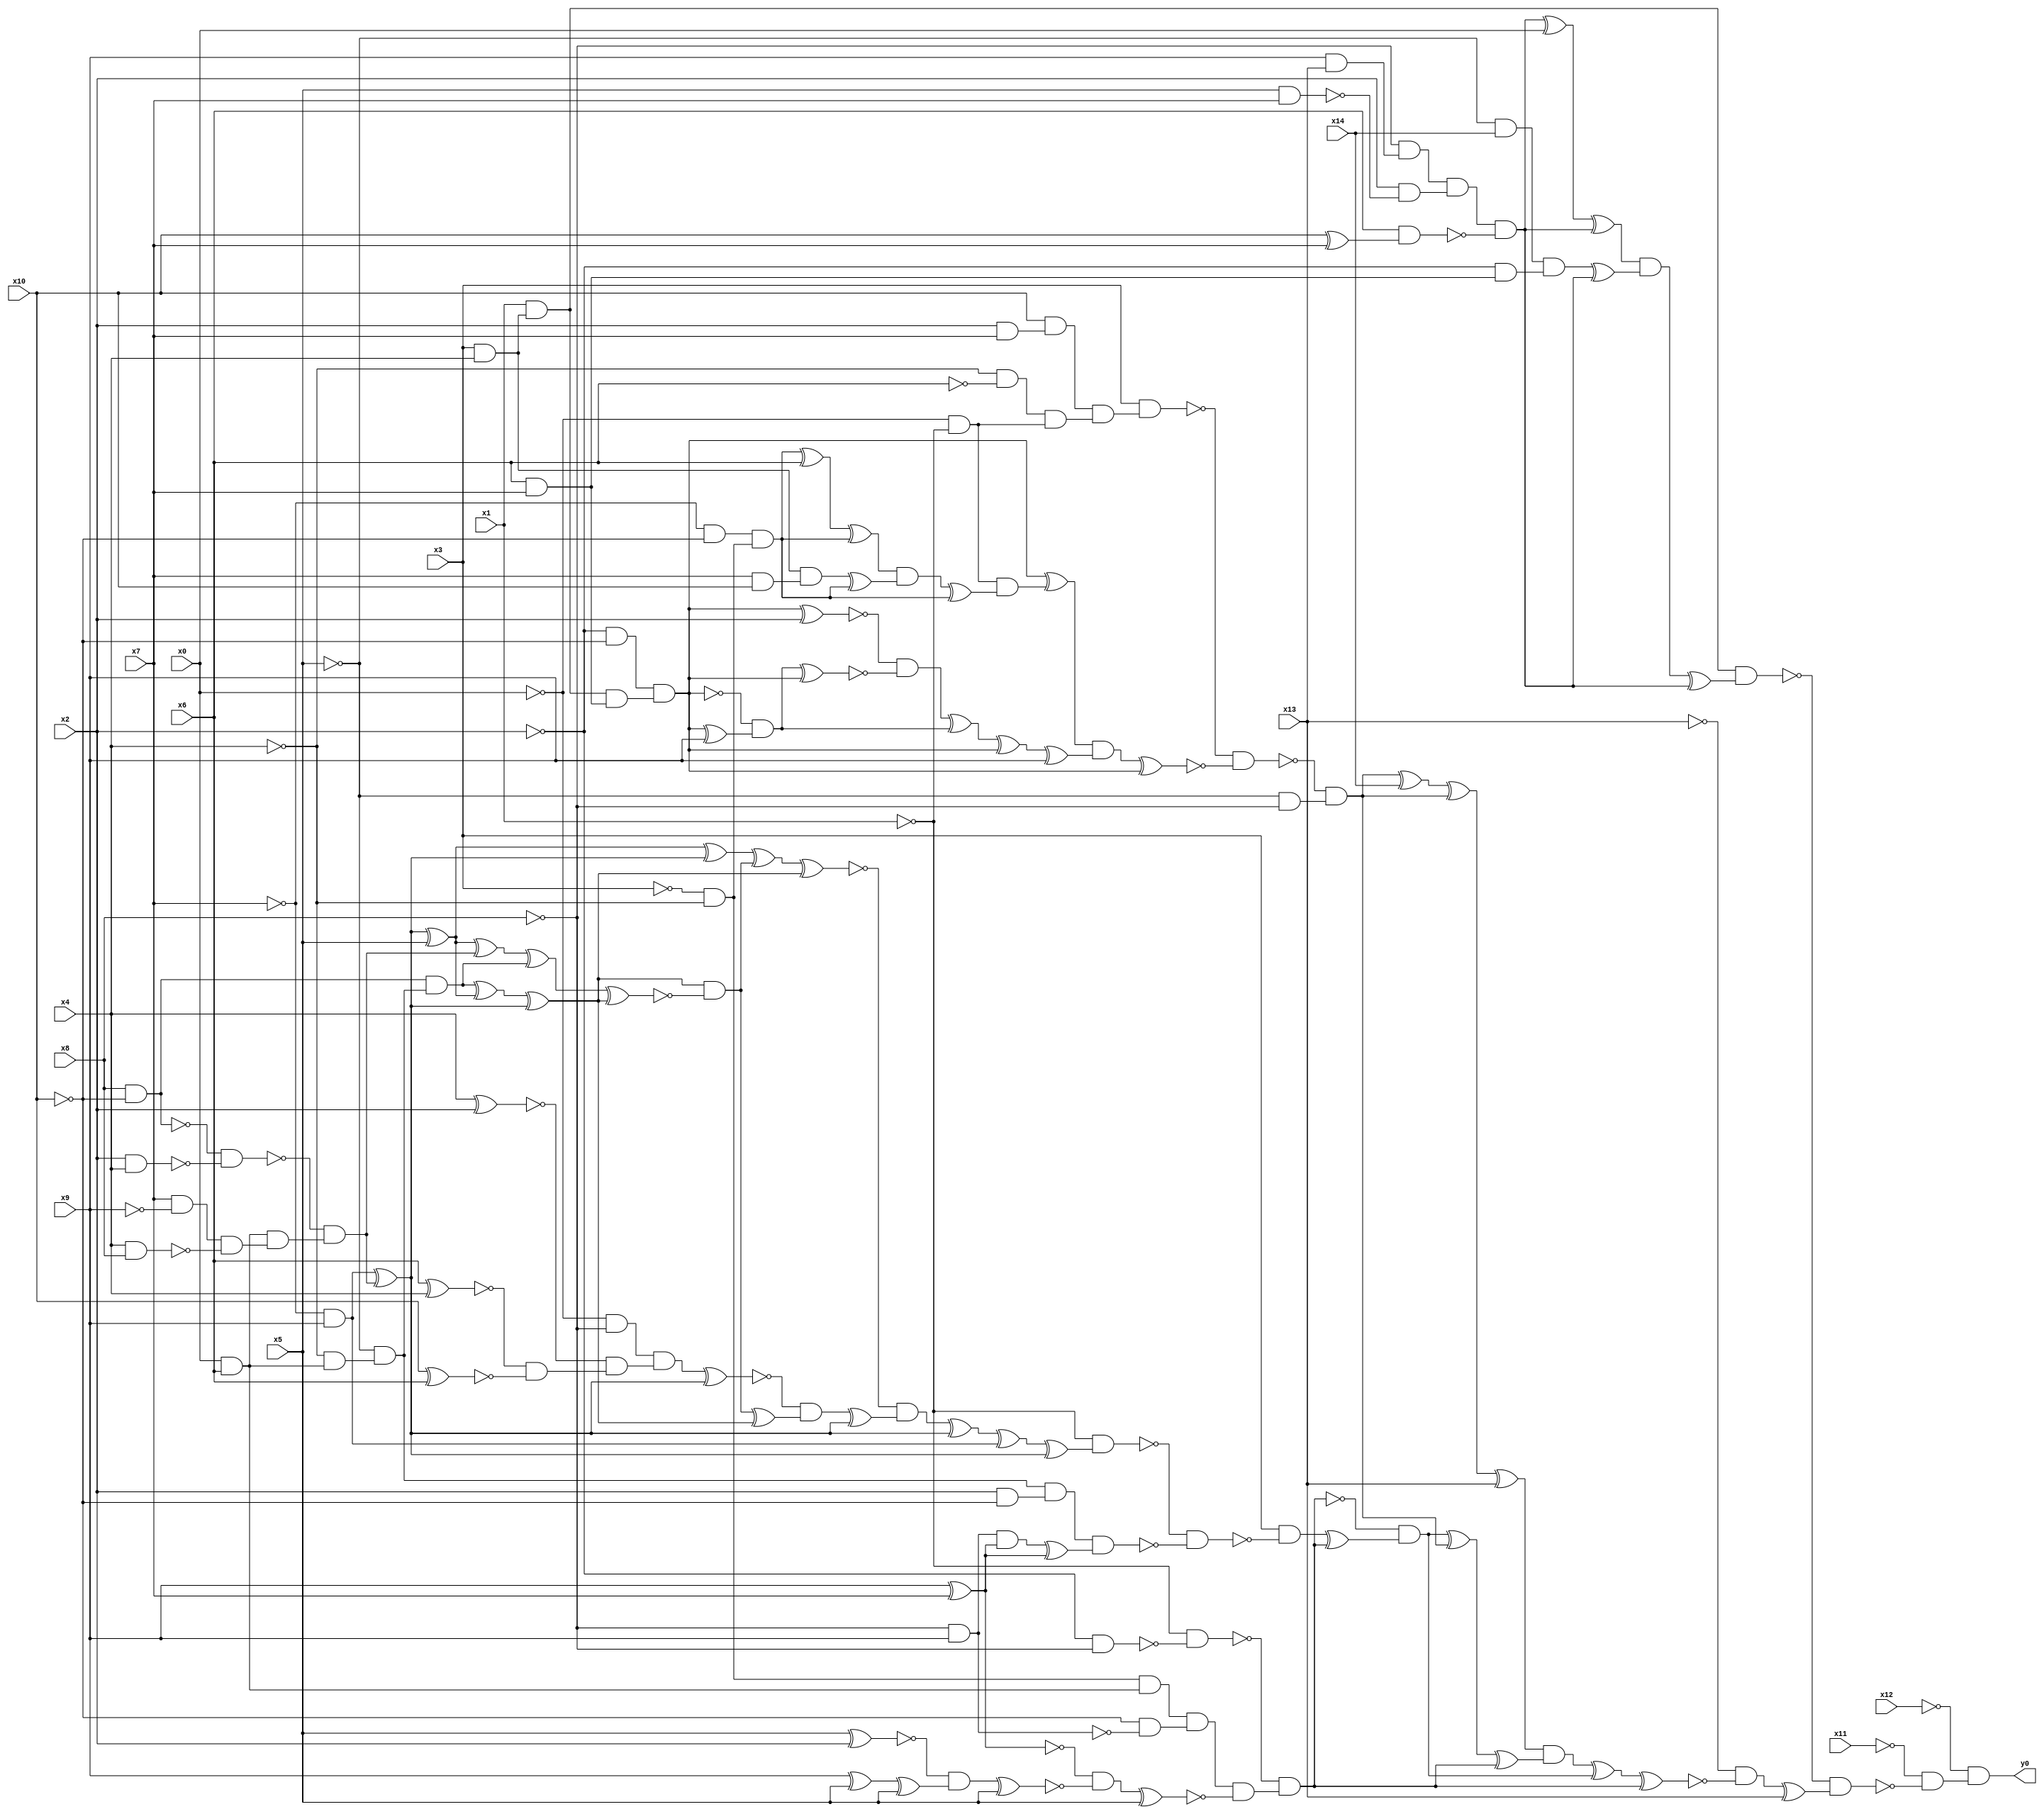
module top( x0 , x1 , x2 , x3 , x4 , x5 , x6 , x7 , x8 , x9 , x10 , x11 , x12 , x13 , x14 , y0 );
  input x0 , x1 , x2 , x3 , x4 , x5 , x6 , x7 , x8 , x9 , x10 , x11 , x12 , x13 , x14 ;
  output y0 ;
  wire n16 , n17 , n18 , n19 , n20 , n21 , n22 , n23 , n24 , n25 , n26 , n27 , n28 , n29 , n30 , n31 , n32 , n33 , n34 , n35 , n36 , n37 , n38 , n39 , n40 , n41 , n42 , n43 , n44 , n45 , n46 , n47 , n48 , n49 , n50 , n51 , n52 , n53 , n54 , n55 , n56 , n57 , n58 , n59 , n60 , n61 , n62 , n63 , n64 , n65 , n66 , n67 , n68 , n69 , n70 , n71 , n72 , n73 , n74 , n75 , n76 , n77 , n78 , n79 , n80 , n81 , n82 , n83 , n84 , n85 , n86 , n87 , n88 , n89 , n90 , n91 , n92 , n93 , n94 , n95 , n96 , n97 , n98 , n99 , n100 , n101 , n102 , n103 , n104 , n105 , n106 , n107 , n108 , n109 , n110 , n111 , n112 , n113 , n114 , n115 , n116 , n117 , n118 , n119 , n120 , n121 , n122 , n123 , n124 , n125 , n126 , n127 , n128 , n129 , n130 , n131 , n132 , n133 , n134 , n135 , n136 , n137 , n138 , n139 , n140 , n141 , n142 , n143 , n144 , n145 , n146 , n147 , n148 ;
  assign n16 = x3 & x4 ;
  assign n17 = x1 & n16 ;
  assign n18 = x9 & x13 ;
  assign n19 = ~x8 & n18 ;
  assign n20 = x5 & x7 ;
  assign n21 = x2 & ~n20 ;
  assign n22 = n19 & n21 ;
  assign n23 = x10 ^ x7 ;
  assign n24 = x6 & n23 ;
  assign n25 = n22 & ~n24 ;
  assign n26 = n25 ^ x0 ;
  assign n27 = n26 ^ n25 ;
  assign n28 = ~x5 & x14 ;
  assign n29 = x6 & x7 ;
  assign n30 = ~x2 & n29 ;
  assign n31 = n28 & n30 ;
  assign n32 = n31 ^ n25 ;
  assign n33 = n27 & n32 ;
  assign n34 = n33 ^ n25 ;
  assign n35 = n17 & n34 ;
  assign n36 = x2 & x7 ;
  assign n37 = x10 & n36 ;
  assign n38 = ~x4 & ~x6 ;
  assign n39 = ~x0 & ~x1 ;
  assign n40 = n38 & n39 ;
  assign n41 = n37 & n40 ;
  assign n42 = x3 & n41 ;
  assign n54 = ~x2 & ~x10 ;
  assign n55 = n17 & n29 ;
  assign n56 = n54 & n55 ;
  assign n43 = ~x7 & ~x10 ;
  assign n44 = ~x3 & ~x4 ;
  assign n45 = n43 & n44 ;
  assign n46 = n45 ^ x6 ;
  assign n47 = n46 ^ n45 ;
  assign n48 = x7 & x10 ;
  assign n49 = n16 & n48 ;
  assign n50 = n49 ^ n45 ;
  assign n51 = n47 & n50 ;
  assign n52 = n51 ^ n45 ;
  assign n53 = n39 & n52 ;
  assign n57 = n56 ^ n53 ;
  assign n58 = n56 ^ x2 ;
  assign n59 = n56 ^ x9 ;
  assign n60 = ~n56 & n59 ;
  assign n61 = n60 ^ n56 ;
  assign n62 = ~n58 & ~n61 ;
  assign n63 = n62 ^ n60 ;
  assign n64 = n63 ^ n56 ;
  assign n65 = n64 ^ x9 ;
  assign n66 = n57 & n65 ;
  assign n67 = n66 ^ n56 ;
  assign n68 = ~n42 & ~n67 ;
  assign n69 = ~x5 & ~x8 ;
  assign n70 = ~n68 & n69 ;
  assign n71 = n70 ^ x14 ;
  assign n72 = n71 ^ n70 ;
  assign n73 = n72 ^ x13 ;
  assign n74 = ~x2 & ~x8 ;
  assign n75 = ~x1 & ~n74 ;
  assign n76 = x0 & x6 ;
  assign n77 = n44 & n76 ;
  assign n78 = ~x8 & x9 ;
  assign n79 = ~x10 & ~n78 ;
  assign n80 = n77 & n79 ;
  assign n81 = x9 ^ x7 ;
  assign n82 = x5 ^ x2 ;
  assign n83 = x9 ^ x5 ;
  assign n84 = n83 ^ x5 ;
  assign n85 = ~n82 & n84 ;
  assign n86 = n85 ^ x5 ;
  assign n87 = ~n81 & ~n86 ;
  assign n88 = n87 ^ x5 ;
  assign n89 = n80 & ~n88 ;
  assign n90 = ~n75 & n89 ;
  assign n99 = ~x7 & x9 ;
  assign n91 = x8 & ~x10 ;
  assign n92 = x2 & x4 ;
  assign n93 = ~n91 & ~n92 ;
  assign n94 = x7 & ~x9 ;
  assign n95 = x4 & x8 ;
  assign n96 = n94 & ~n95 ;
  assign n97 = n76 & n96 ;
  assign n98 = ~n93 & n97 ;
  assign n100 = n99 ^ n98 ;
  assign n101 = n100 ^ x5 ;
  assign n111 = n101 ^ n100 ;
  assign n102 = ~x4 & n76 ;
  assign n103 = ~x5 & n102 ;
  assign n104 = n91 & n103 ;
  assign n105 = n104 ^ n101 ;
  assign n106 = n105 ^ n100 ;
  assign n107 = n101 ^ n98 ;
  assign n108 = n107 ^ n104 ;
  assign n109 = n108 ^ n106 ;
  assign n110 = n106 & ~n109 ;
  assign n112 = n111 ^ n110 ;
  assign n113 = n112 ^ n106 ;
  assign n114 = ~x0 & ~x8 ;
  assign n115 = x4 ^ x2 ;
  assign n116 = x6 ^ x4 ;
  assign n117 = x10 ^ x6 ;
  assign n118 = ~n116 & ~n117 ;
  assign n119 = ~n115 & n118 ;
  assign n120 = n114 & n119 ;
  assign n121 = n120 ^ n100 ;
  assign n122 = n110 ^ n106 ;
  assign n123 = ~n121 & n122 ;
  assign n124 = n123 ^ n100 ;
  assign n125 = ~n113 & n124 ;
  assign n126 = n125 ^ n100 ;
  assign n127 = n126 ^ n99 ;
  assign n128 = n127 ^ n100 ;
  assign n129 = ~x1 & n128 ;
  assign n130 = x2 & ~x10 ;
  assign n131 = n103 & n130 ;
  assign n132 = n78 & n81 ;
  assign n133 = n132 ^ n81 ;
  assign n134 = n131 & n133 ;
  assign n135 = ~n129 & ~n134 ;
  assign n136 = x3 & ~n135 ;
  assign n137 = n136 ^ n90 ;
  assign n138 = ~n90 & n137 ;
  assign n139 = n138 ^ n70 ;
  assign n140 = n139 ^ n90 ;
  assign n141 = n73 & n140 ;
  assign n142 = n141 ^ n138 ;
  assign n143 = n142 ^ n90 ;
  assign n144 = ~x13 & ~n143 ;
  assign n145 = n144 ^ x13 ;
  assign n146 = ~n35 & n145 ;
  assign n147 = ~x11 & ~n146 ;
  assign n148 = ~x12 & n147 ;
  assign y0 = n148 ;
endmodule